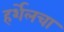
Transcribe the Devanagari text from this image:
हर्शेलचा